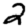
Digit: 2